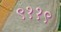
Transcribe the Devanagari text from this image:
९११९